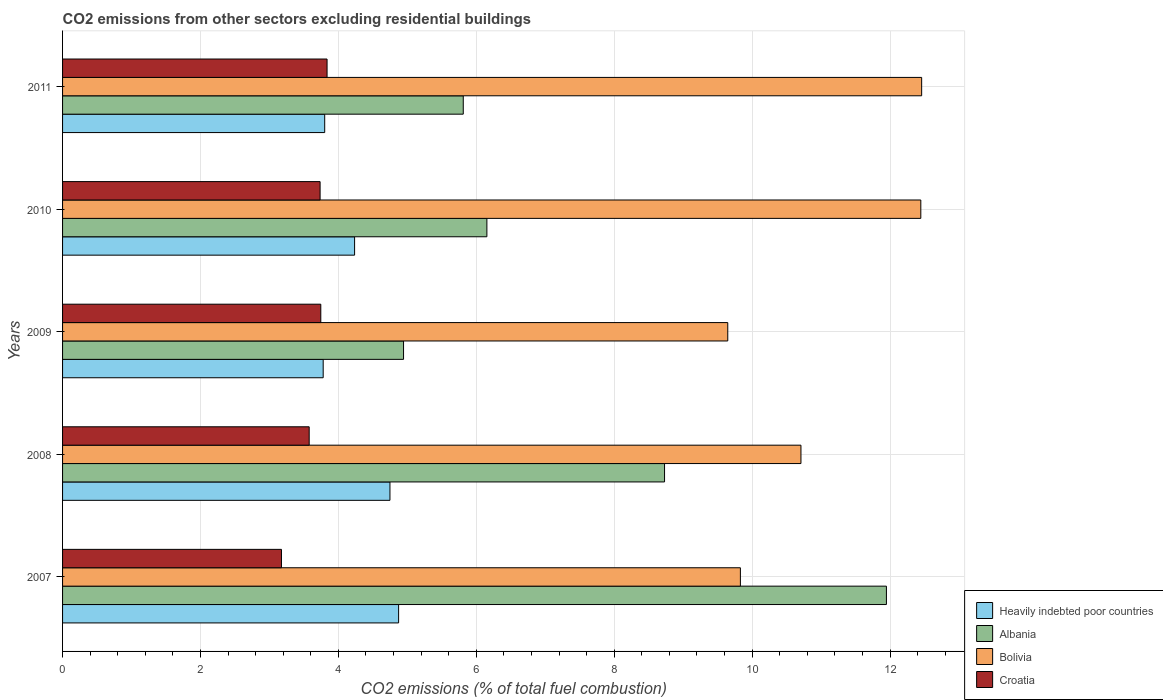
| Years | Heavily indebted poor countries | Albania | Bolivia | Croatia |
 | --- | --- | --- | --- | --- |
 | 2007 | 4.87 | 11.9 | 9.83 | 3.17 |
 | 2008 | 4.75 | 8.73 | 10.7 | 3.58 |
 | 2009 | 3.78 | 4.95 | 9.65 | 3.74 |
 | 2010 | 4.24 | 6.15 | 12.4 | 3.73 |
 | 2011 | 3.8 | 5.81 | 12.5 | 3.84 |